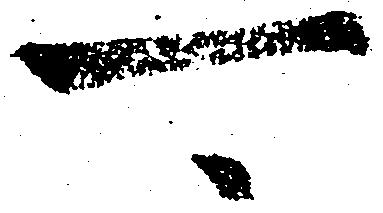
可